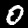
Label: 0